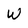
Character: W